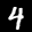
Digit: 4